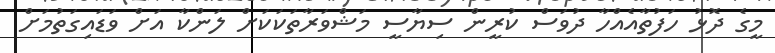
މީގެ ދޮޅު ހަފުތާއެއްހާ ދުވަސް ކުރީން ސިޔާސީ މަޝްވަރާތަކަކަށް ލަންކާ އަށް ވަޑައިގަތުމަށް